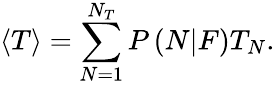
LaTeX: \left\langle T\right\rangle=\sum_{N=1}^{N_{T}}P\left(N|F\right)T_{N}.